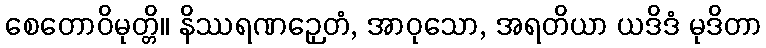
စေတောဝိမုတ္တိ။ နိဿရဏဉှေတံ, အာဝုသော, အရတိယာ ယဒိဒံ မုဒိတာ